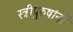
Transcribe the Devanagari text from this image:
स्त्रीपुरुषांनीं